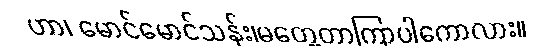
ဟာ၊ မောင်မောင်သန်း၊မတွေ့တာကြာပါကောလား။